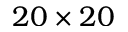
2 0 \times 2 0